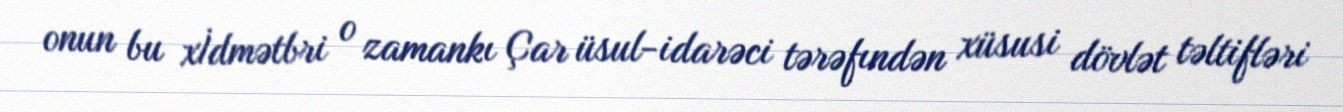
onun bu xİdmətbri o zamankı Çar üsul-idarəci tərəfındən xüsusi dövlət təltifləri